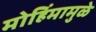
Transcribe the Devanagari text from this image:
मोहिंमामुळे